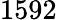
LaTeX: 1592